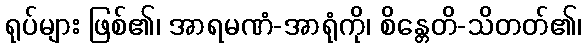
ရုပ်များ ဖြစ်၏၊ အာရမဏံ-အာရုံကို၊ စိန္တေတိ-သိတတ်၏၊